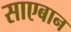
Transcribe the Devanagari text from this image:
साएबान